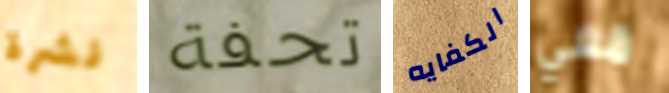
نشرة تحفة الكفايه معي